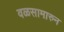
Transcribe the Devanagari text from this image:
वळसामारुन